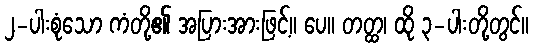
၂-ပါးစုံသော ကံတို့၏ အပြားအားဖြင့်။ ပေ။ တတ္ထ၊ ထို ၃-ပါးတို့တွင်။